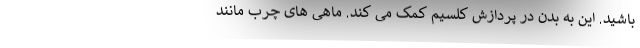
باشید. این به بدن در پردازش کلسیم کمک می کند. ماهی های چرب مانند